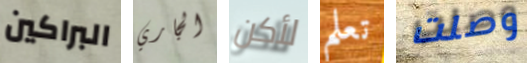
البراكين الجاري لأكن تعلم وصلت